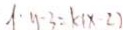
1 - y - 3 = k ( x - 2 )